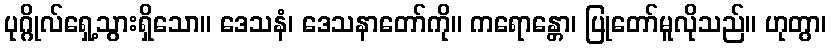
ပုဂ္ဂိုလ်ရှေ့သွားရှိသော။ ဒေသနံ၊ ဒေသနာတော်ကို။ ကရောန္တော၊ ပြုတော်မူလိုသည်။ ဟုတွာ၊